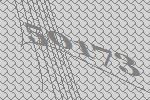
50173